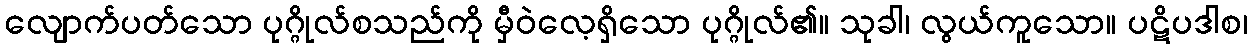
လျောက်ပတ်သော ပုဂ္ဂိုလ်စသည်ကို မှီဝဲလေ့ရှိသော ပုဂ္ဂိုလ်၏။ သုခါ၊ လွယ်ကူသော။ ပဋိပဒါစ၊